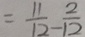
= \frac { 1 1 } { 1 2 } - \frac { 2 } { 1 2 }